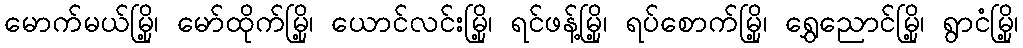
မောက်မယ်မြို့၊ မော်ထိုက်မြို့၊ ယောင်လင်းမြို့၊ ရင်ဖန့်မြို့၊ ရပ်စောက်မြို့၊ ရွှေညောင်မြို့၊ ရွာငံမြို့၊